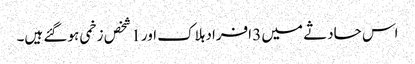
اس حادثے میں 3 افراد ہلاک اور 1 شخص زخمی ہو گئے ہیں۔